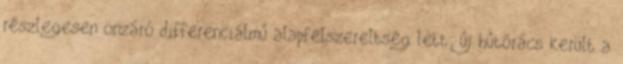
részlegesen önzáró differenciálmű alapfelszereltség lett; új hűtőrács került a